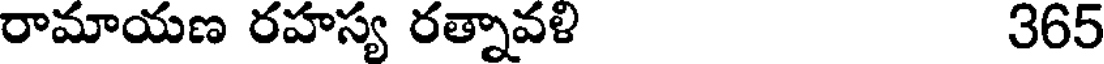
రామాయణ రహస్య రత్నావళి 365